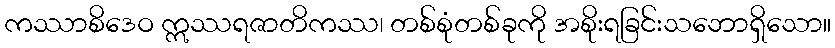
ကဿာစိဒေဝ ဣဿရဇာတိကဿ၊ တစ်စုံတစ်ခုကို အစိုးရခြင်းသဘောရှိသော။